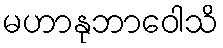
မဟာနုဘာဝေါသိ